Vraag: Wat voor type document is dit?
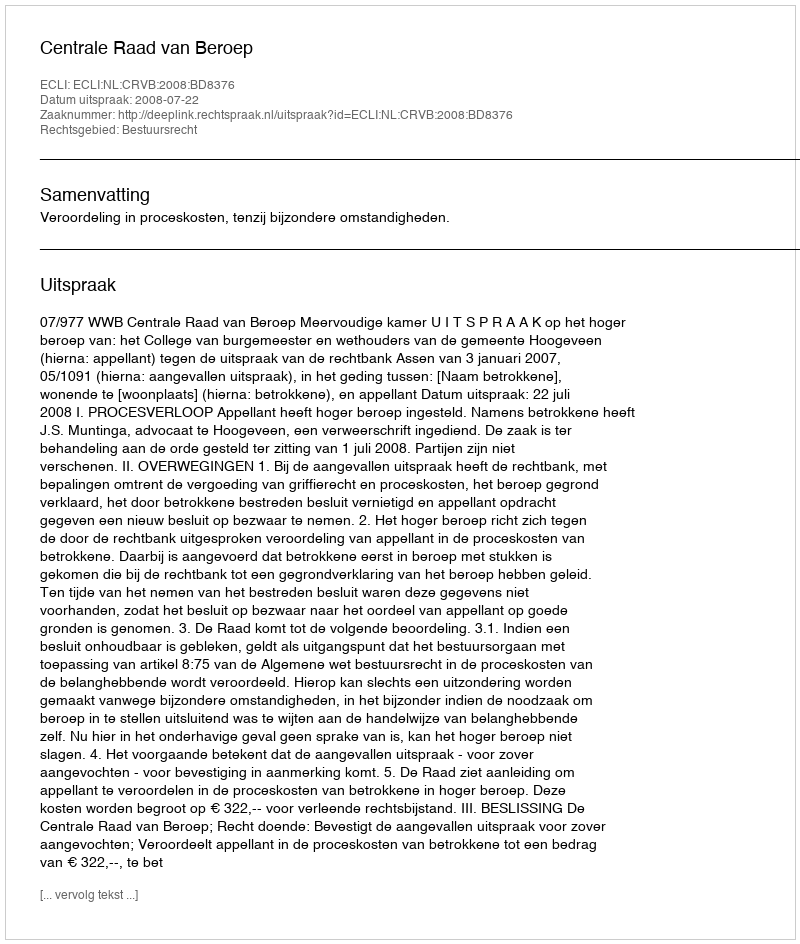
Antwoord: Uitspraak